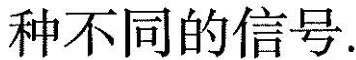
种不同的信号.